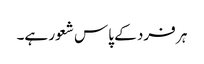
ہر فرد کے پاس شعور ہے۔